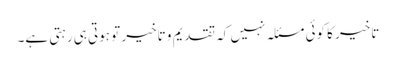
تاخیر کا کوئی مسئلہ نہیں کہ تقدیم و تاخیر تو ہوتی ہی رہتی ہے۔